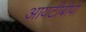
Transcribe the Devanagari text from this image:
आयटीबीपी